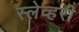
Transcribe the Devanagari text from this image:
स्लेव्हरी